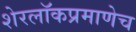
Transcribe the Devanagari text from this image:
शेरलाॅकप्रमाणेच